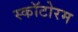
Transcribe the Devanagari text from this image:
स्कॉटोरम